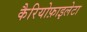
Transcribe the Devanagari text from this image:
कैरियोफ़ाइलेटा